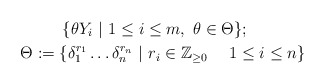
\begin{gather*} \{\theta Y_i \ | \ 1\leq i \leq m, \ \theta\in\Theta\}; \quad \\ \Theta:=\{\delta_1^{r_1}\dots\delta_n^{r_n} \ | \ r_i\in\mathbb{Z}_{\geq 0} \ \ \ \ 1\leq i \leq n\} \end{gather*}